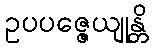
ဥပပဇ္ဇေယျုန္တိ